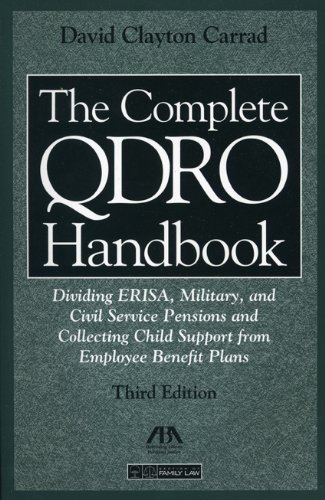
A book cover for The Complete QDRO Handbook: Dividing ERISA, Military, and Civil Service Pensions and Collecting Child Support from Employee Benefor Plans (Complete ... Dividing Erisa, Military, Civil Service); David Clayton Carrad; Law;